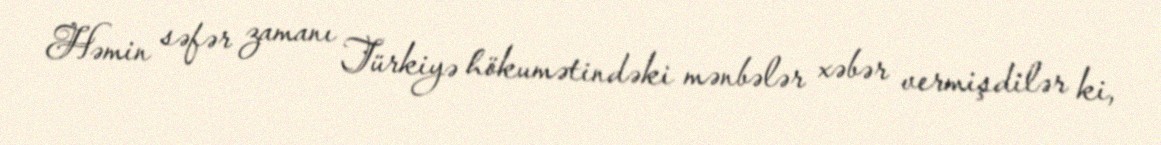
Həmin səfər zamanı Türkiyə hökumətindəki mənbələr xəbər vermişdilər ki,